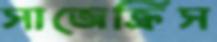
সাজেক্রিস